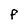
Character: F